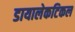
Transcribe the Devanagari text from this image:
डायालेकटिकल